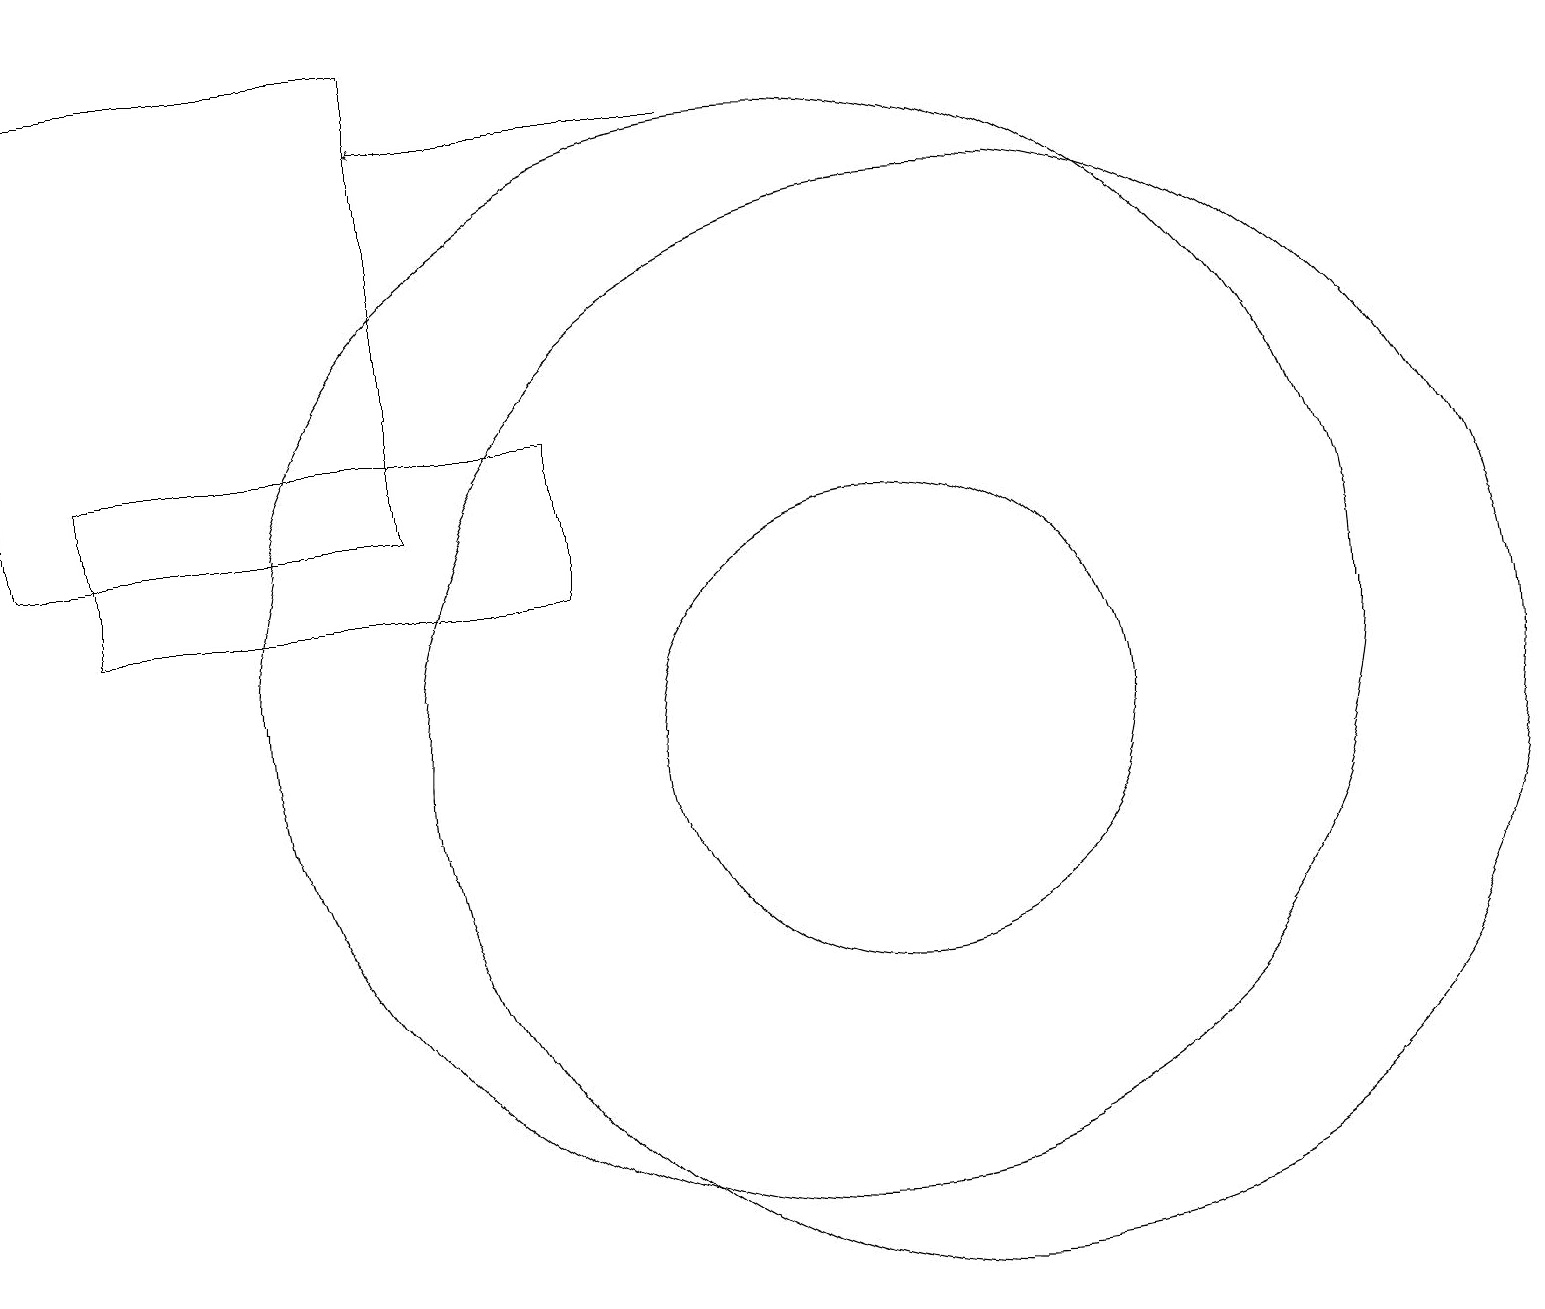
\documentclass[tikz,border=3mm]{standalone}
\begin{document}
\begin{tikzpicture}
\draw[->] (9,18) -- (5,18);
\draw (12,10) circle (7);
\draw (7,14) rectangle (1,12);
\draw (5,13) rectangle (0,19);
\draw (10,11) circle (7);
\draw (11,10) circle (3);
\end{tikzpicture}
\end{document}